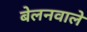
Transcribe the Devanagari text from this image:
बेलनवाले